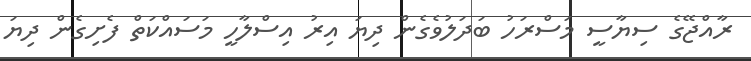
ރާއްޖޭގެ ސިޔާސީ މަސްރަހު ބަދަލުވެގެން ދިޔަ އިރު އިސްލާހީ މަސައްކަތް ފެށިގެން ދިޔަ